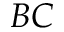
B C